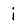
Character: i